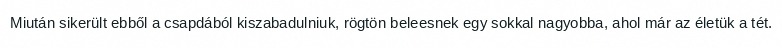
Miután sikerült ebből a csapdából kiszabadulniuk, rögtön beleesnek egy sokkal nagyobba, ahol már az életük a tét.